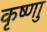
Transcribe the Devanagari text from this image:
कृष्णाु